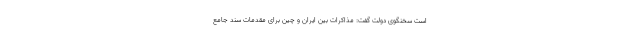
است سخنگوی دولت گفت: مذاکرات بین ایران و چین برای مقدمات سند جامع